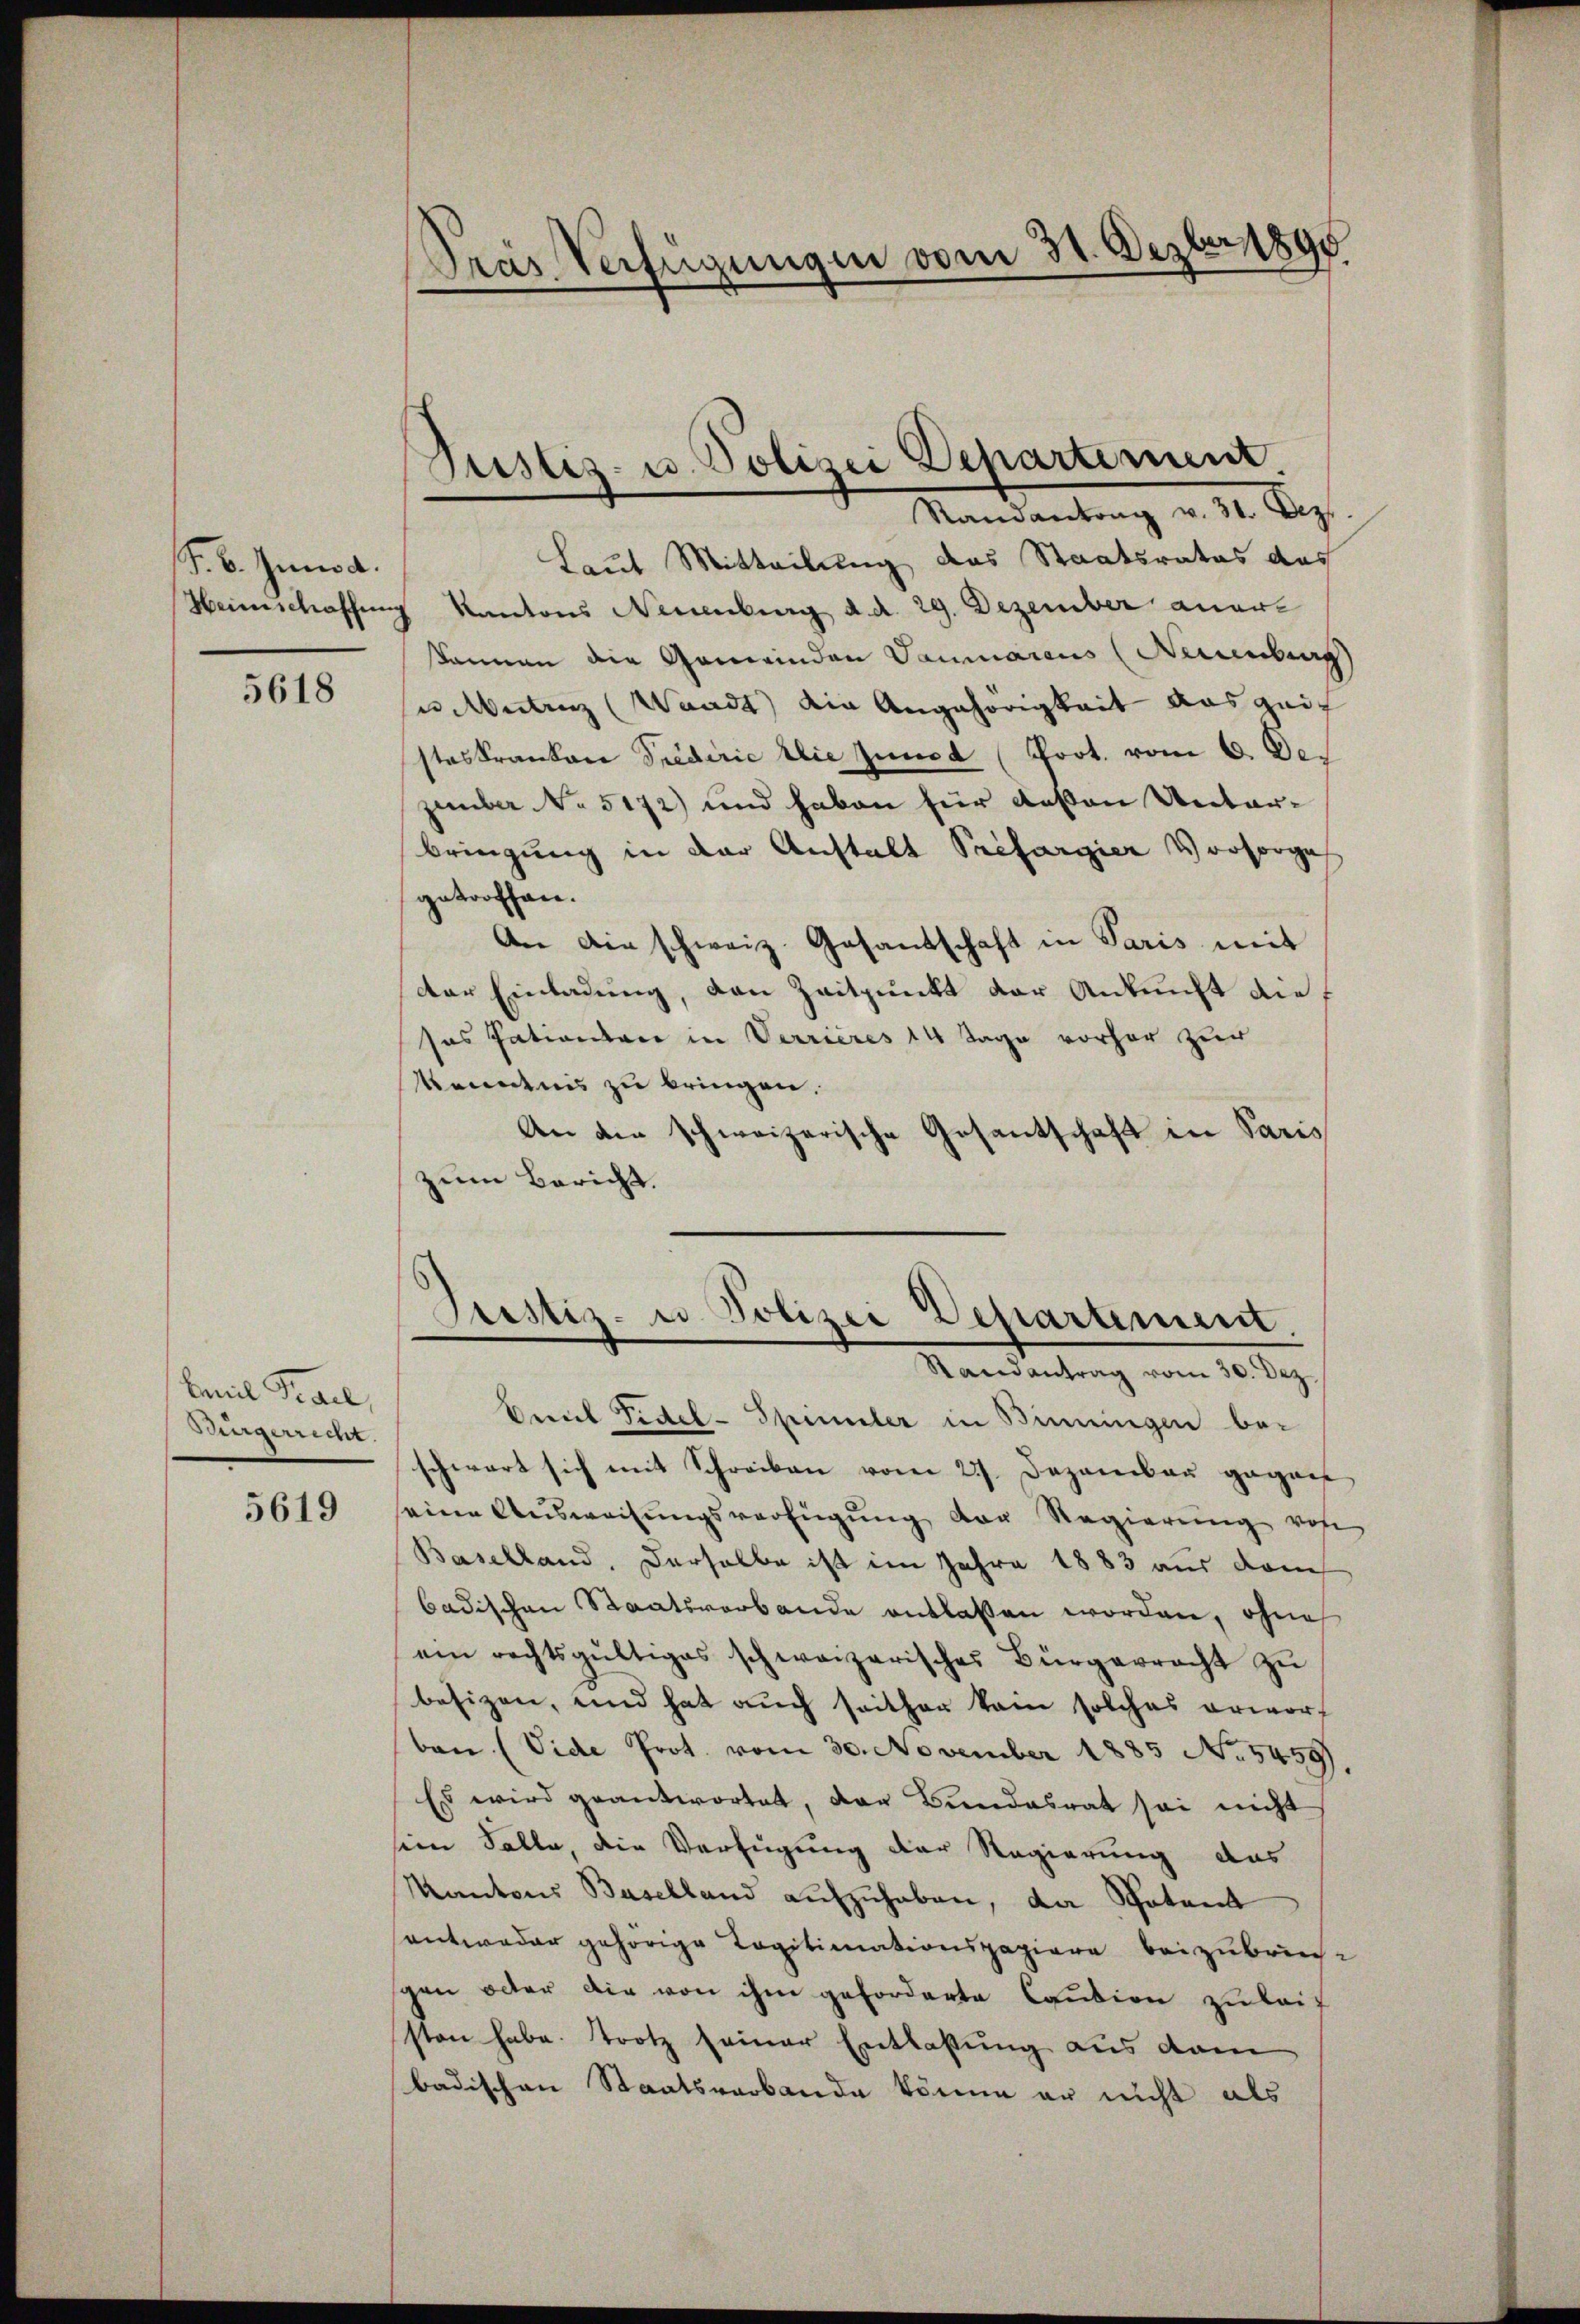
F. B. Juni a.

5618

Emil Trail,
Dingerrecht.

5619

d
Laut Mitteilung das Staatsrates das
Heimschaffung Kantons Neuenburg d. d. 29. Dezember aner
können die Gemeinden Dammarius (Neuenbes
u. Antrag (Waadt) die Angehörigkeit aus geif
steskranken Predirie die junct (Poot. vom 6. Dezember No. 5172) und haben für deßen Unterbringung in der Anstalt Prefargier Vorsorge
getroffen.
An die schweiz. Gesandschaft in Paris mit
der Einladung, den Zeitpunkt der Ankunft die
sos sationsrer in Verrieres 14 Tage vorher zur
kenntnis zu bringen.
An die schweizerische Gesantschaft in Paris
zum Bericht.

Gras Verfügungen vom 31. Dezbr. 1890

Justiz- u. Polizei Departement.
Randantrag v. 31. Dez.

Justiz- u. Polizei Departement.
Randantrag vom 30. Dez.

Emil Fidel-Spimler in Binungen bei
schwart sich mit Schreiben vom 23. Dezember gegen
seine Ausweisungsverfügung der Regierung vohe
Baselland, derselbe ist im Jahre 1883 aus doch
badischen Staatsverbande entlassen worden, ohne
ein rechtsgültiges schweizerisches Bürgerracht zŭ
besizen, und hat auch seither kein solches erworf
ban (Vide Prot. vom 30. November 1885 No 5459)
Es wird geantwortet, der Bundesrat sei nicht
sein Falle, die Verfügung der Regierung das
Kantons Baselland aufzuhaben, da Spotant
entweder gehörige Tagitimationspapiere beizubrin-
gen oder die von ihm geforderte Caution zuleisten habe. Trotz seiner Entlaßung aus dam
badischen Staatsverbande könne er nicht als